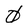
Character: 0